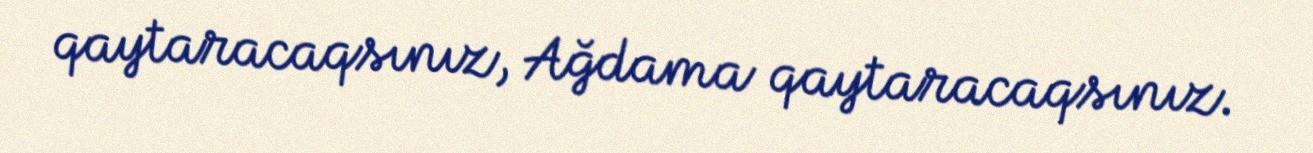
qaytaracaqsınız, Ağdama qaytaracaqsınız.